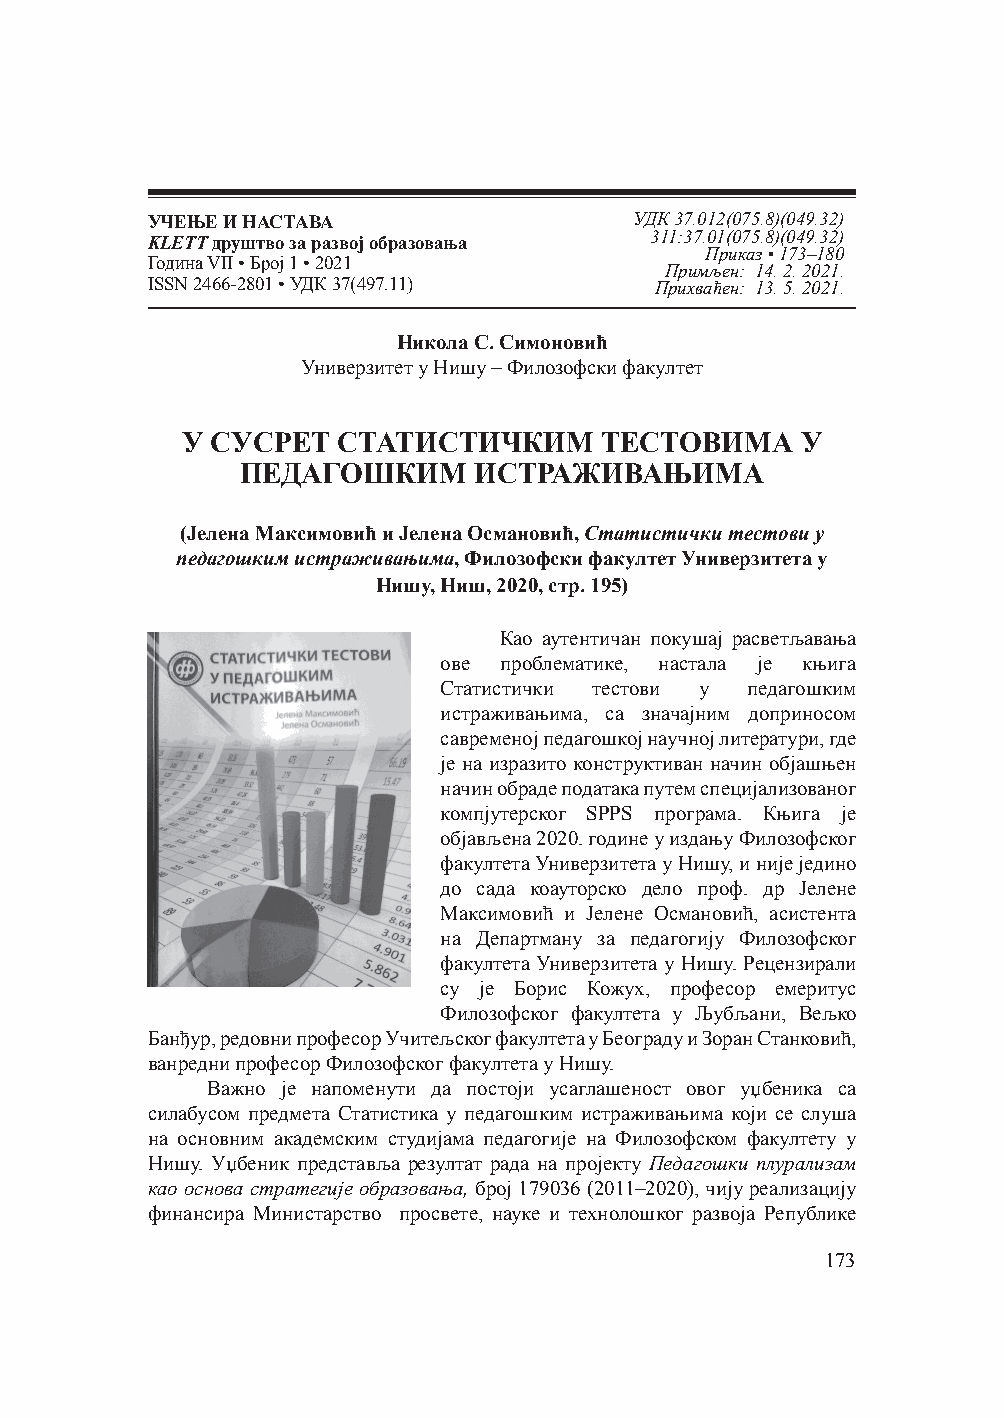
УЧЕЊЕ И НАСТАВА                 УДК 37.012(075.8)(049.32)
 KLETT друштво за развој образовања 311:37.01(075.8)(049.32)
 Приказ • 173–180
 Година VII • Број 1 • 2021
 Примљен: 14. 2. 2021.
 ISSN 2466-2801 • УДК 37(497.11)  Прихваћен: 13. 5. 2021.
 Никола С. Симоновић
 Универзитет у Нишу – Филозофски факултет
 У СУСРЕТ  СТАТИСТИЧКИМ      ТЕСТОВИМА    У
 ПЕДАГОШКИМ     ИСТРАЖИВАЊИМА
 (Јелена Максимовић и Јелена Османовић, Статистички тестови у
 педагошким истраживањима, Филозофски факултет Универзитета у
 Нишу, Ниш, 2020, стр. 195)
 Као аутентичан покушај расветљавања
 ове проблематике, настала је књига
 Статистички тестови у педагошким
 истраживањима, са значајним доприносом
 савременој педагошкој научној литератури, где
 је на изразито конструктиван начин објашњен
 начин обраде података путем специјализованог
 компјутерског SPPS програма. Књига је
 објављена 2020. године у издању Филозофског
 факултета Универзитета у Нишу, и није једино
 до сада коауторско дело проф. др Јелене
 Максимовић и Јелене Османовић, асистента
 на Департману за педагогију Филозофског
 факултета Универзитета у Нишу. Рецензирали
 су је Борис Кожух, професор емеритус
 Филозофског факултета у Љубљани, Вељко
 Банђур, редовни професор Учитељског факултета у Београду и Зоран Станковић,
 ванредни професор Филозофског факултета у Нишу.
 Важно је напоменути да постоји усаглашеност овог уџбеника са
 силабусом предмета Статистика у педагошким истраживањима који се слуша
 на основним академским студијама педагогије на Филозофском факултету у
 Нишу. Уџбеник представља резултат рада на пројекту Педагошки плурализам
 као основа стратегије образовања, број 179036 (2011–2020), чију реализацију
 финансира Министарство просвете, науке и технолошког развоја Републике
 173